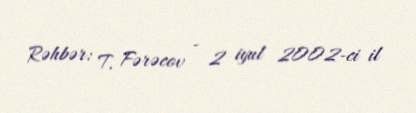
Rəhbər: T. Fərəcov - 2 iyul 2002-ci il